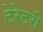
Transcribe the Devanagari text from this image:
टेरेटरी